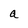
Character: a